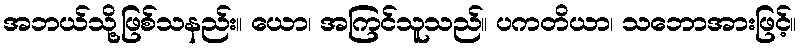
အဘယ်သို့ဖြစ်သနည်း။ ယော၊ အကြင်သူသည်။ ပကတိယာ၊ သဘောအားဖြင့်။